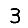
Digit: 3